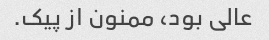
عالی بود، ممنون از پیک.